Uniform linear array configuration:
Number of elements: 24
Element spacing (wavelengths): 1
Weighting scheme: hamming
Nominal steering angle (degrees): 15
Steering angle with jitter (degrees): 15.598
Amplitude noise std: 0.05
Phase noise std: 0.05

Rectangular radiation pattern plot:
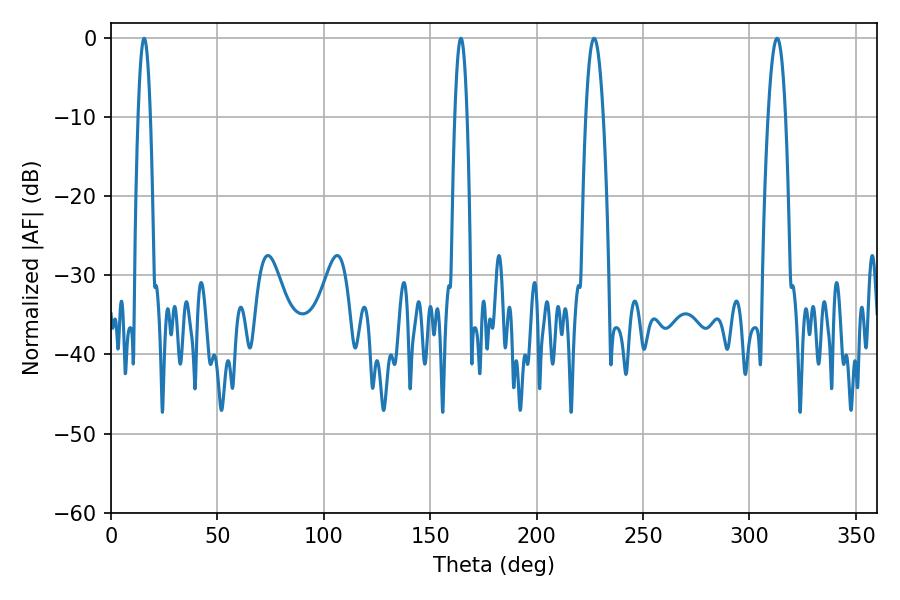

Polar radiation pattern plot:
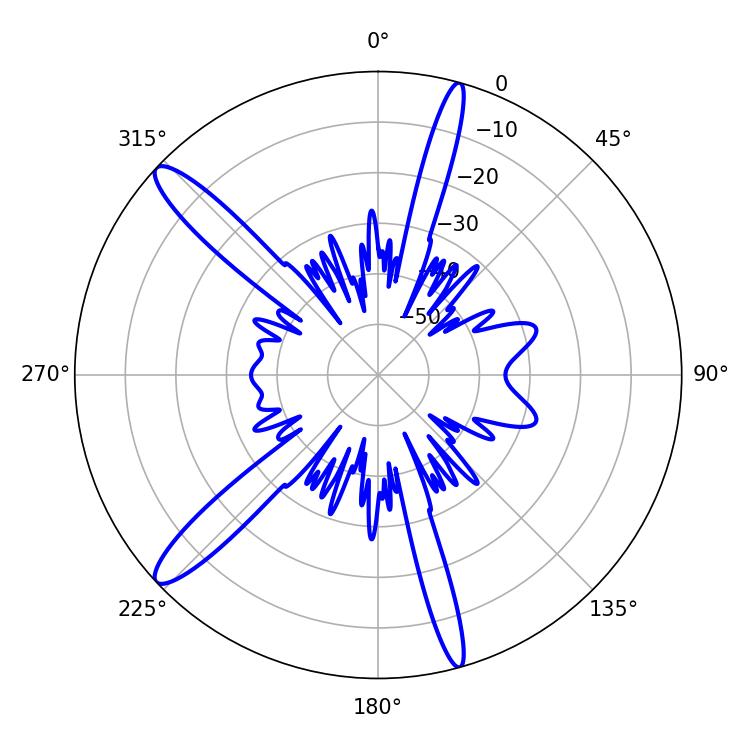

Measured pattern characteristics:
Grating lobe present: TRUE
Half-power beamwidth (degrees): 4.5
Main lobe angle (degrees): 226.98